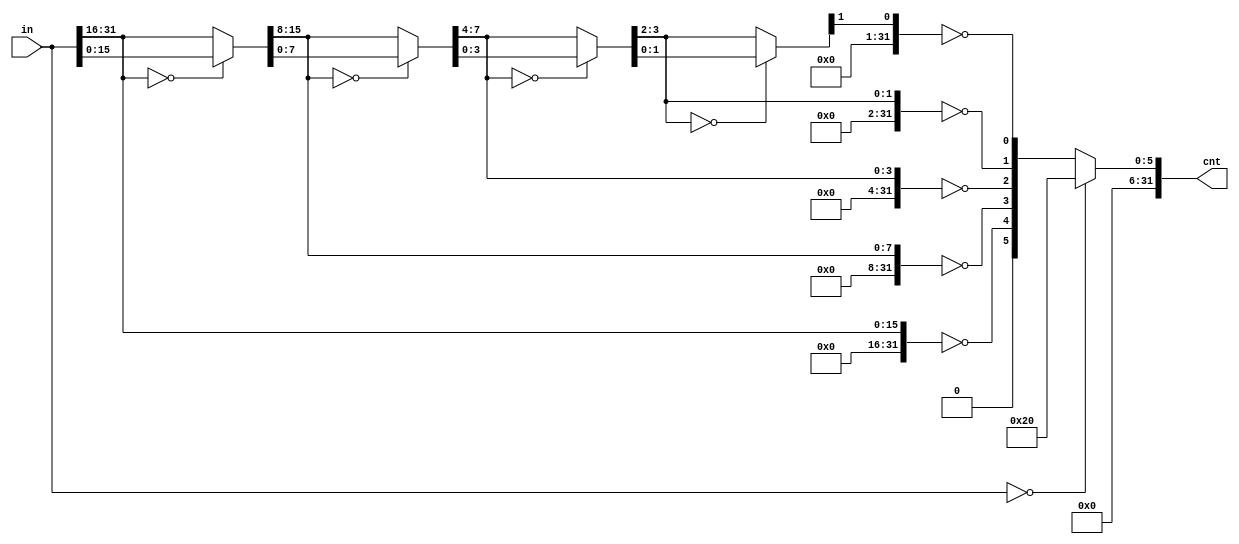
`timescale 1ns / 1ps

module clz #(parameter DATAWIDTH = 32, WIDTH = $clog2(DATAWIDTH)) (
    input [DATAWIDTH - 1:0] in,
    output [DATAWIDTH - 1:0] cnt
);

wire [WIDTH:0] count;
wire [DATAWIDTH - 1:0] x [WIDTH - 1:0];
wire [DATAWIDTH - 1:0] n [WIDTH - 1:0];

// Binary search calc leading zero...
// int n = 32;
// unsigned y;
// y = x >> 16; if (y != 0) { n = n - 16; x = y; } --- 4
// y = x >> 8; if (y != 0) { n = n - 8; x = y; }   --- 3
// y = x >> 4; if (y != 0) { n = n - 4; x = y; }   --- 2
// y = x >> 2; if (y != 0) { n = n - 2; x = y; }   --- 1
// y = x >> 1; if (y != 0) return n - 2;           --- 0
// return n - x;

genvar i;
generate
    for (i = 0; i < WIDTH; i = i + 1) begin
        if (i == WIDTH - 1) begin
            assign x[i] = in[DATAWIDTH - 1 : 2**i];
            assign count[i] = (x[i] == 0);
            assign n[i-1] = (x[i] == 0) ? in[2**i - 1 : 0] : x[i]; 
        end
        else if (i == 0) begin
            assign x[i] = n[i][2**(i+1) - 1 : 2**i];
            assign count[i] = (x[i] == 0);
        end
        else begin
            assign x[i] = n[i][2**(i+1) - 1 : 2**i];
            assign count[i] = (x[i] == 0);
            assign n[i - 1] = (x[i] == 0) ? n[i][2**i - 1 : 0] : x[i];
        end
    end
endgenerate

assign count[WIDTH] = 1'b0;
assign cnt = (in == 0) ? 6'd32 : count;

endmodule